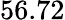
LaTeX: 56.72